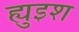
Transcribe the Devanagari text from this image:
ह्युइश